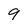
Character: 9